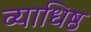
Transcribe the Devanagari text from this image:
व्याधिष्ठ